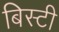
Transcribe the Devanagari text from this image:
बिस्टी